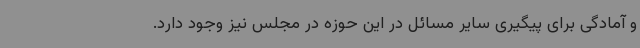
و آمادگی برای پیگیری سایر مسائل در این حوزه در مجلس نیز وجود دارد.